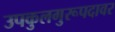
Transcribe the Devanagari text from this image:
उपकुलगुरूपदावर